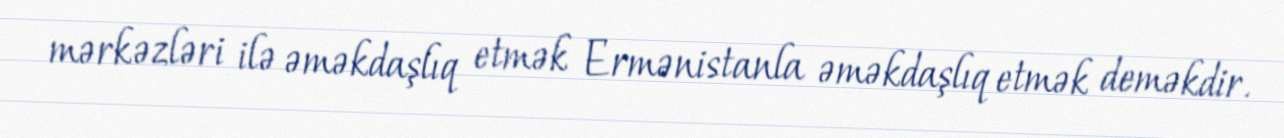
mərkəzləri ilə əməkdaşlıq etmək Ermənistanla əməkdaşlıq etmək deməkdir.